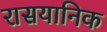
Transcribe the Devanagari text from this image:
रासयानिक